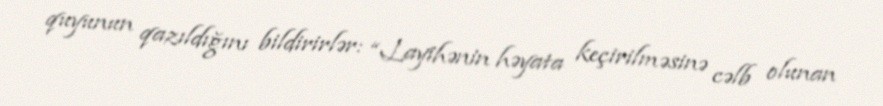
quyunun qazıldığını bildirirlər: “Layihənin həyata keçirilməsinə cəlb olunan